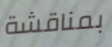
بمناقشة